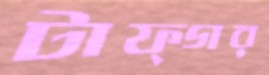
টাফ্গর